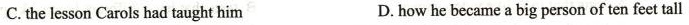
C.the lesson Carols had taught him D. how he became a big person of ten feet tall